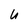
Character: U